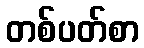
တစ်ပတ်စာ